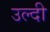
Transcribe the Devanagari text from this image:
उल्दी